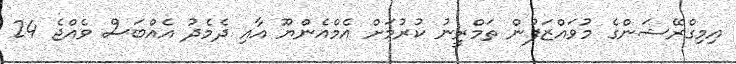
އިމިގްރޭޝަންގެ މުވައްޒަފުން ތަމްރީނު ކުރުމަށް އެމްއެންޔޫ އާއި ދެމެދު އެއްބަސް ވެއްޖެ 24